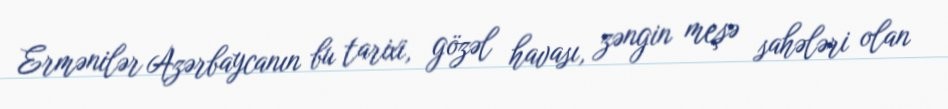
Ermənilər Azərbaycanın bu tarixi, gözəl havası, zəngin meşə sahələri olan